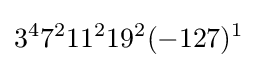
3^{4}7^{2}11^{2}19^{2}(-127)^{1}